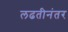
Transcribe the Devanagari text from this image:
लढतीनंतर